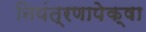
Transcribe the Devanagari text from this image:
नियंत्रणापेक्षा